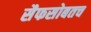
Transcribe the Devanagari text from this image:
सैफसोबतच